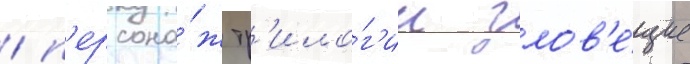
/ п'ерсона́ж тр'ило́г'ии злов'е́щие